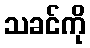
သခင်ကို